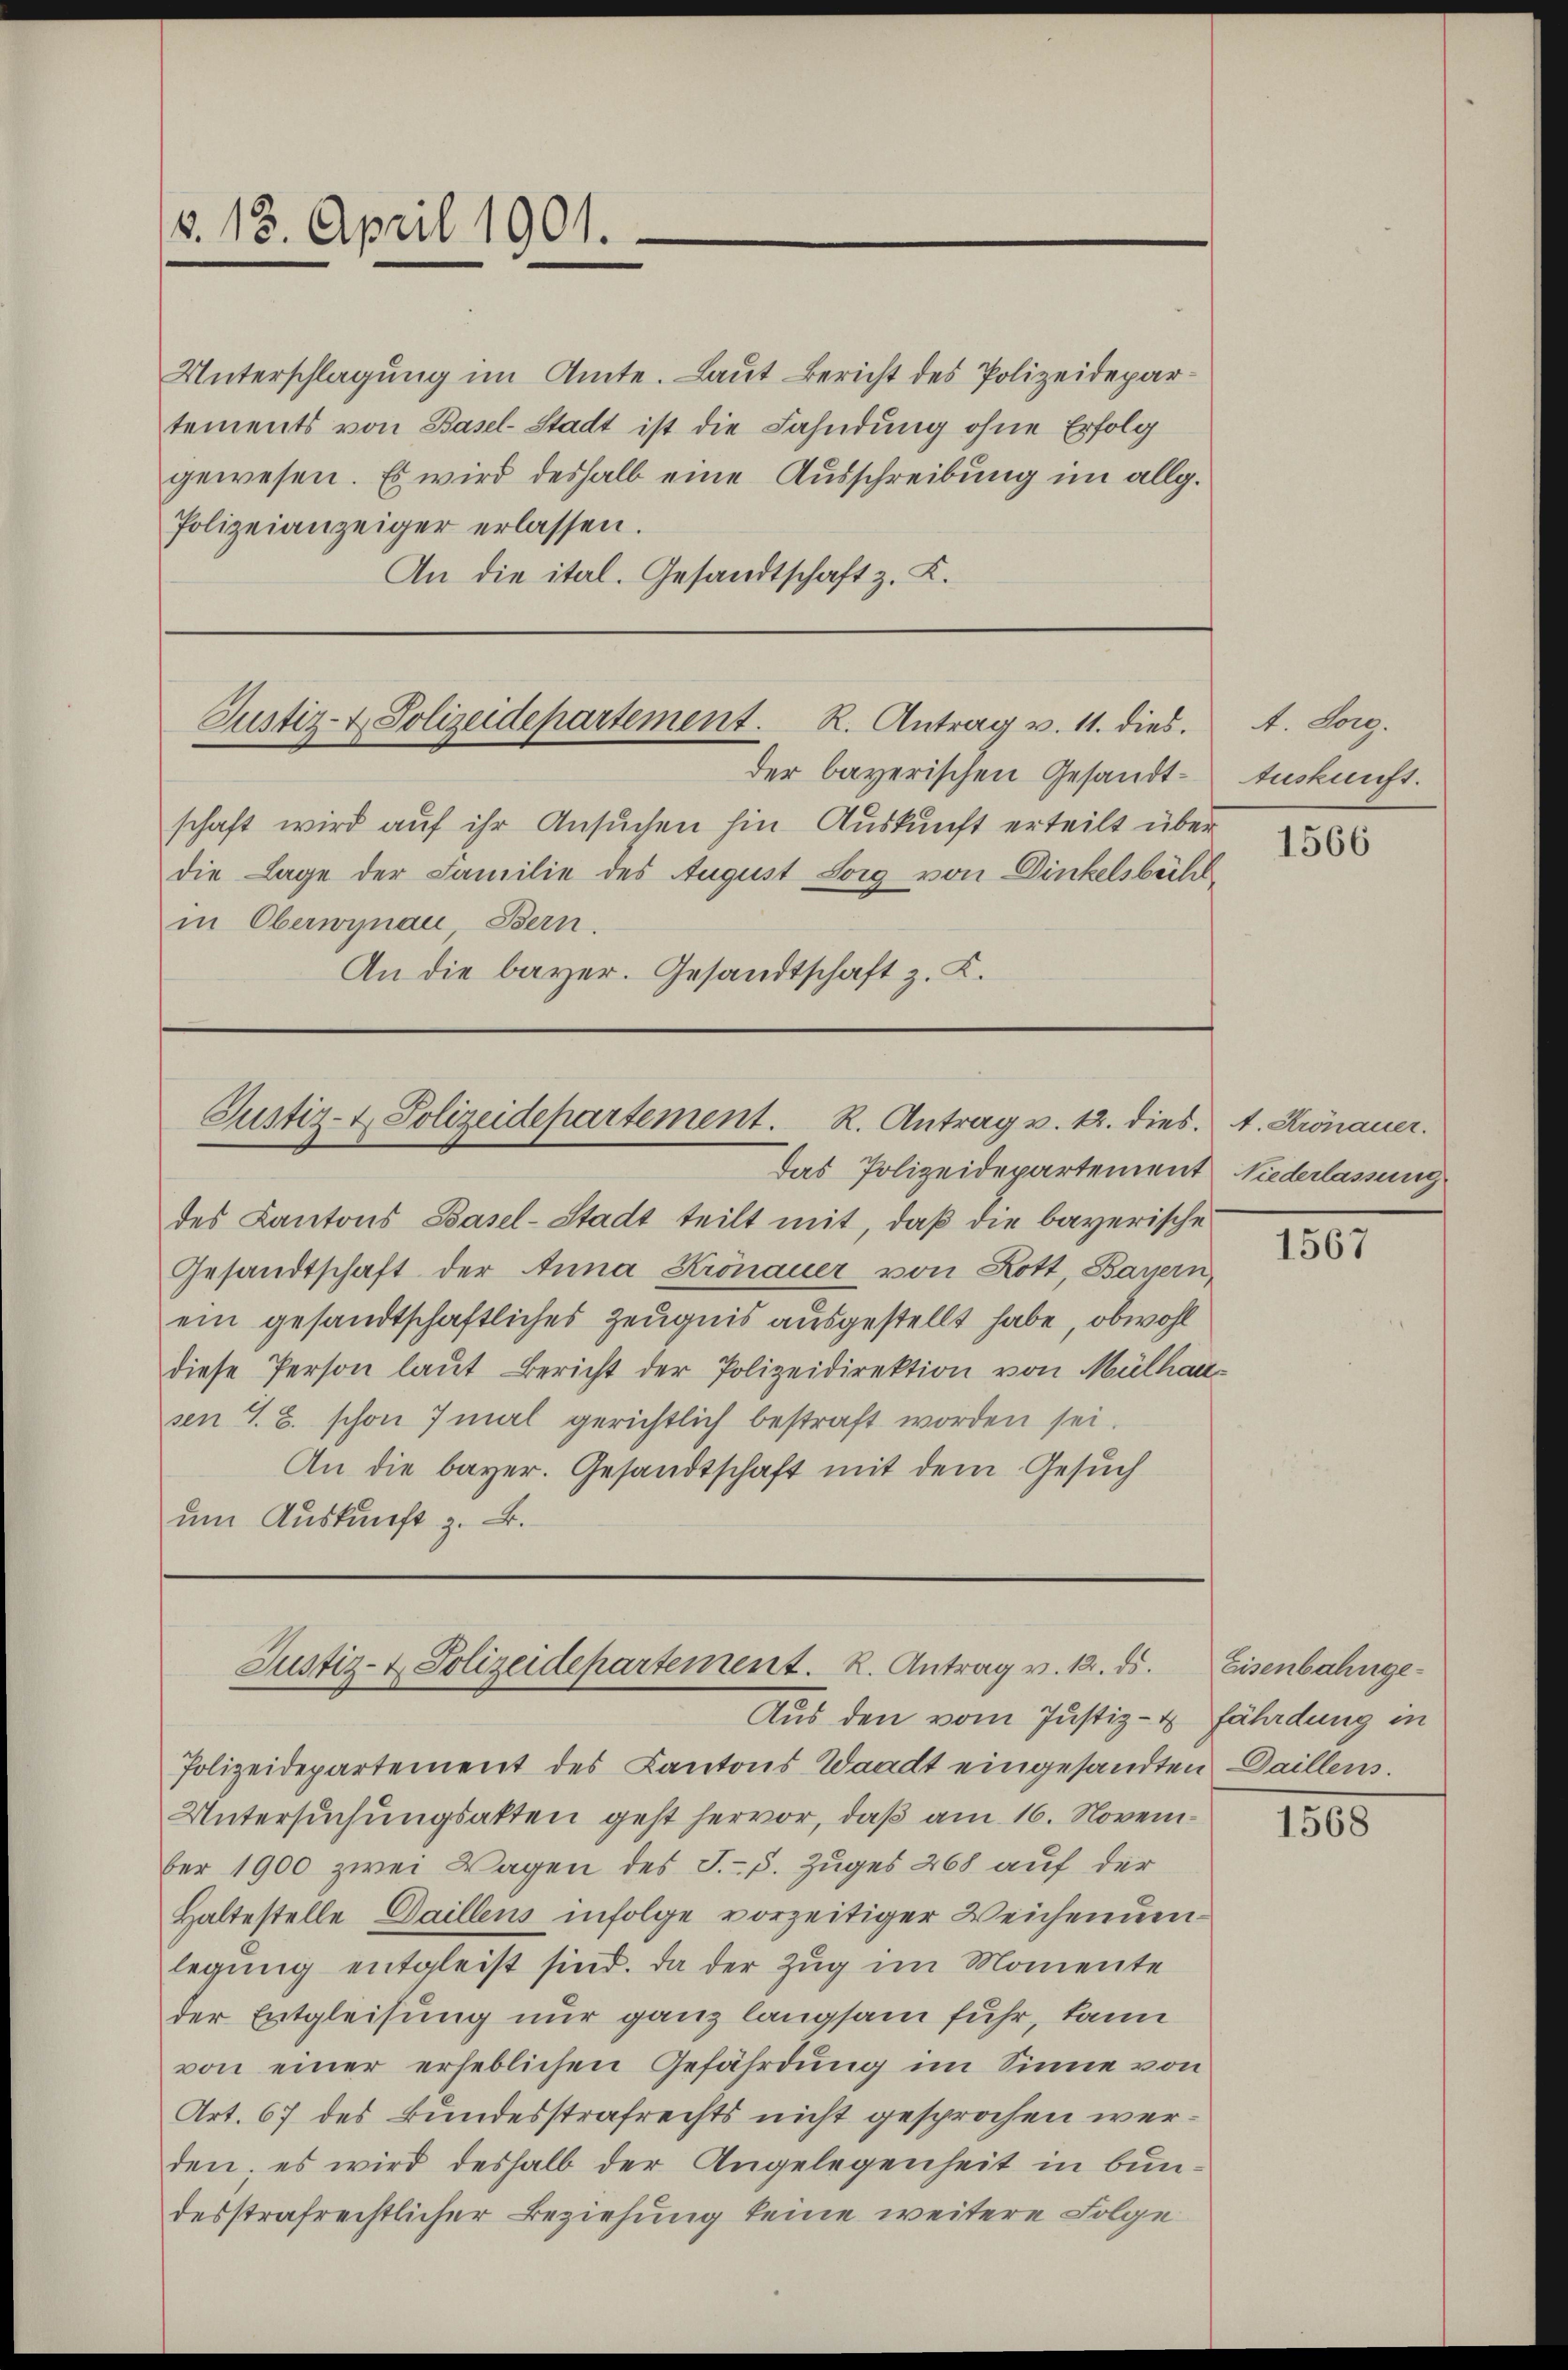
(v. 18. April 1901.

Unterschlagung im Amte. Laut Bericht des Polizeidepartements von Basel-Stadt ist die Fahndung ohne Erfolg
gewesen. Es wird deshalb eine Ausschreibung im allg.
Polizeianzeiger erlassen.
An die ital. Gesandtschaft z. K.

Justiz- & Polizeidepartement. R. Antrag v. 11. dies.

der bayerischen Gesandt- Auskunft.
schaft wird auf ihr Ansuchen hin Auskunft erteilt über
die Lage der Familie des August Sorg von Dinkelsbüchl
in Oberwynau Bern.
An die bayer. Gesandtschaft z. K.

Justiz- & Polizeidepartement. R. Antrag v. 12. dies. 1. Kronauer.

Justiz- & Polizeidepartement. R. Antrag v. 12. ds.
Aus den vom Justiz- & Fährdung in

Das Polizeidepartement Niederlassung
des Kantons Basel-Stadt teilt mit, daß die bayerische
Gesandtschaft der Anna Kronauer von Lott, Bayern,
ein gesandtschaftliches Zeugnis ausgestellt habe, obwohl
diese Person laut Bericht der Polizeidirektion von Mülhau
sen S. B. schon 7 mal gerichtlich bestraft worden sei.
An die bayer. Gesandtschaft mit dem Gesuch
um Auskunft z. B.

Polizeidepartement des Kantons Waadt eingesandten Daillens.
Untersuchungsatten geht hervor, daß am 16. November 1900 zwei Wagen des J.-V. Zuges 268 auf der
Haltestelle Daillens infolge vorzeitiger Weichenumlegung entgleist sind. Da der Zug im Momente
der Entgleisung nur ganz langsam fuhr, kann
von einer erheblichen Gefährdung im Sinne von
Art. 67 des Bundesstrafrechts nicht gesprochen werden; es wird deshalb der Angelegenheit in bun-
desstrafrechtlicher Beziehung keine weitere Folge

A. Sorg.

1566

1567

Eisenbahnge¬

1568